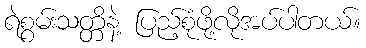
ရဲစွမ်းသတ္တိနဲ့ ပြည့်စုံဖို့လိုအပ်ပါတယ်။